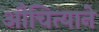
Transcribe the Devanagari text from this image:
औचित्याने